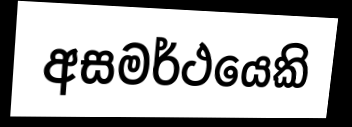
අසමර්ථයෙකි